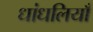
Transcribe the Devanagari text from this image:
धांधलियाँ